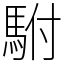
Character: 駙